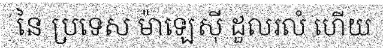
នៃ ប្រទេស ម៉ាឡេស៊ី ដួលរលំ ហើយ